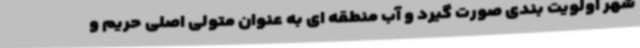
شهر اولویت بندی صورت گیرد و آب منطقه ای به عنوان متولی اصلی حریم و